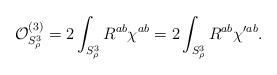
LaTeX: \begin{align*}{\cal O}^{(3)}_{S^3_\rho}=2\int_{S^3_\rho}R^{ab}\chi^{ab}=2\int_{S^3_\rho}R^{ab}\chi^{\prime ab}.\end{align*}